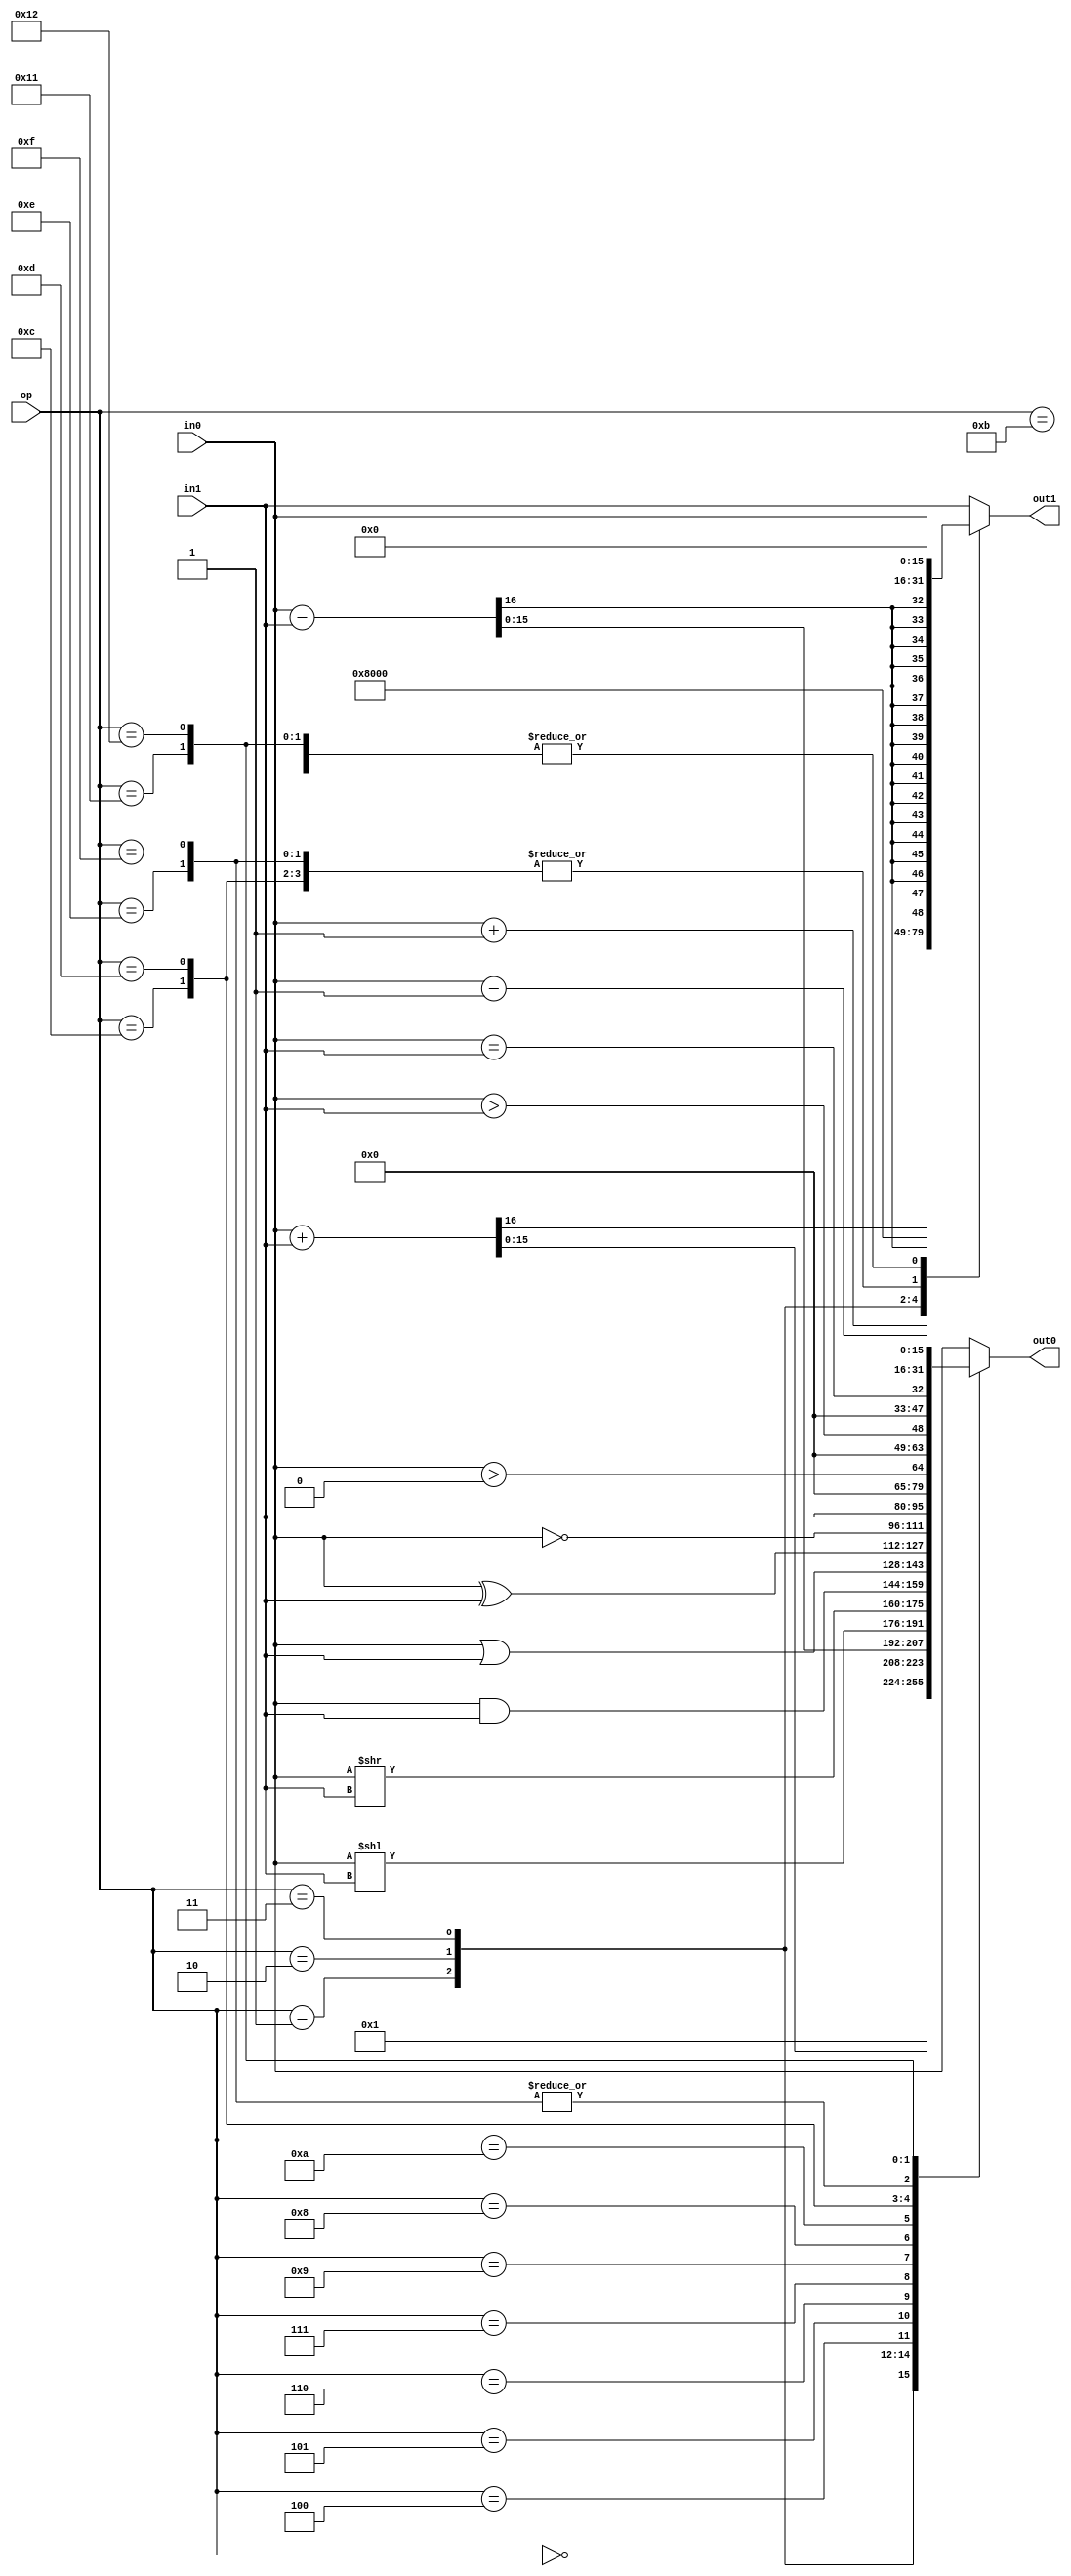
module alu(
		input [4:0] op,
		input [W-1:0] in0,
		input [W-1:0] in1,
		output [W-1:0] out0,
		output [W-1:0] out1
    );
parameter W=16;
localparam	ZERO = 5'd0,
				ONE  = 5'd1,
				ADD  = 5'd2,
				SUB  = 5'd3,
				SHL  = 5'd4,
				SHR  = 5'd5,
				AND  = 5'd6,
				OR   = 5'd7,
				NOT  = 5'd8,
				XOR  = 5'd9,
				SWP  = 5'd10,
				DUP  = 5'd11,
				GZ   = 5'd12,
				GTH  = 5'd13,
				LTH  = 5'd14,
				ET   = 5'd15,
				DIR = 5'd16,
				INC = 5'd17,
				DEC = 5'd18;
reg [W-1:0] dout0,dout1;
assign out0=dout0;
assign out1=dout1;
always @ (*) begin
	case (op)
	ZERO:begin
		dout0 = 16'd0;
		dout1 = 16'd0;
	end
	ONE:begin
		dout0 = 16'd1;
		dout1 = 16'd1;
	end
	ADD:begin
		{dout1,dout0} = in0 + in1;
	end
	SUB:begin
		{dout1,dout0} = in0 - in1;
	end
	SHL:begin
		dout0 = in0 << in1;
		dout1 = 16'd0;
	end
	SHR:begin
		dout0 = in0 >> in1;
		dout1 = 16'd0;
	end
	AND:begin
		dout0 = in0 & in1;
		dout1 = 16'd0;
	end
	OR:begin
		dout0 = in0 | in1;
		dout1 = 16'd0;
	end
	XOR:begin
		dout0 = in0 ^ in1;
		dout1 = 16'd0;
	end
	NOT:begin
		dout0 = ~in0;
		dout1 = 16'd0;
	end
	SWP:begin
		dout0 = in1;
		dout1 = in0;
	end
	DUP:begin
		dout0 = in0;
		dout1 = in0;
	end
	GZ:begin
		dout0 = in0>0;
		dout1 = 16'd0;
	end
	GTH:begin
		dout0 = in0>in1;
		dout1 = 16'd0;
	end
	LTH:begin
		dout0 = in0==in1;
		dout1 = 16'd0;
	end
	ET:begin
		dout0 = in0==in1;
		dout1 = 16'd0;
	end
	DIR:begin
		dout0 = in0;
		dout1 = in1;
	end
	INC:begin
		dout0 = in0+1;
		dout1 = in0;
	end
	DEC:begin
		dout0 = in0-1;
		dout1 = in0;
	end
	ET:begin
		dout0 = in0-1;
		dout1 = in0;
	end
	default:begin
		dout0 = in0;
		dout1 = in1;
	end
	endcase
end
endmodule